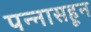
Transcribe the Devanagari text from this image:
पन्‍नासहून